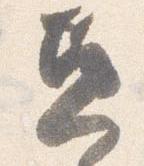
兼